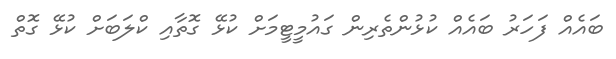
ބައެއް ފަހަރު ބައެއް ކުޅުންތެރިން ގައުމީޓީމަށް ކުޅޭ ގޮތާއި ކްލަބަށް ކުޅޭ ގޮތް